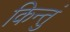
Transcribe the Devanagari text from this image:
किन्तुं